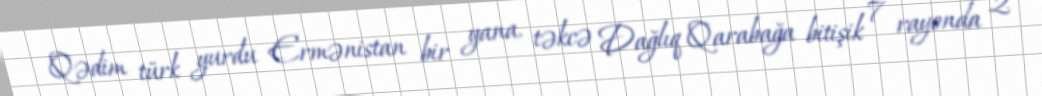
Qədim türk yurdu Ermənistan bir yana, təkcə Dağlıq Qarabağa bitişik 7 rayonda 2